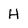
Character: H